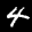
Digit: 4